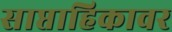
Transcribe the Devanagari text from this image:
साप्ताहिकावर